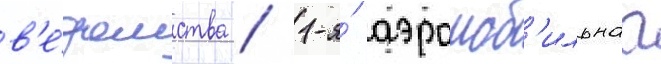
в'е́домства / 1-я́ аэромоб'ильнаа